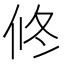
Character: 𠗆